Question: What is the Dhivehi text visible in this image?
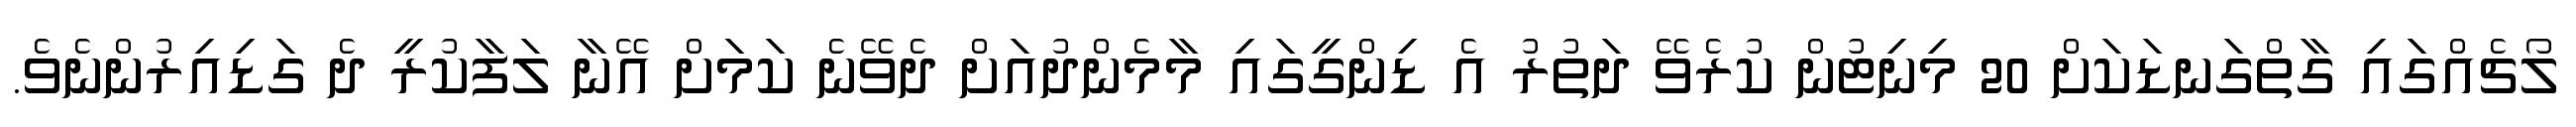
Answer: ލޯޗެއްގައި ގާތްގަނޑަކަށް 20 މިނިޓުން ކުރެވޭ ދަތުރު އެ ޑިންގީގައި މާމެންދުއަށް ދެވޭނެ ކަމަށް އޭނާ ލަފާކުރީ ދެ ގަޑިއިރުންނެވެ.